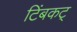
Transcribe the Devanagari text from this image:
टिंबकट्